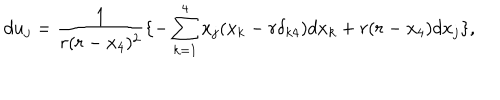
d u _ { j } = \frac 1 { r ( r - x _ { 4 } ) ^ { 2 } } \{ - \sum _ { k = 1 } ^ { 4 } x _ { j } ( x _ { k } - r \delta _ { k 4 } ) d x _ { k } + r ( r - x _ { 4 } ) d x _ { j } \} ,